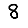
Digit: 8